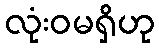
လုံးဝမရှိဟု